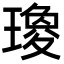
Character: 𤩞